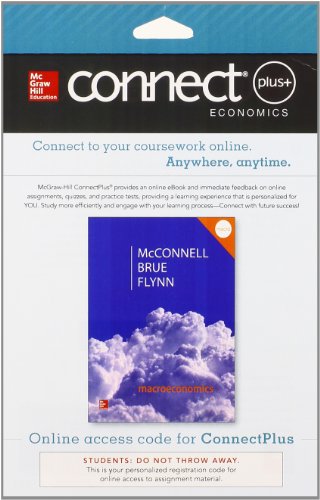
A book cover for Connect 1-Semester Access Card for Macroeconomics; Campbell McConnell; Business & Money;